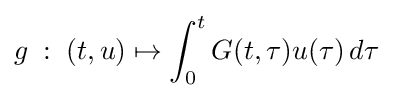
g\;:\;(t,u)\mapsto \int _{0}^{t}G(t,\tau )u(\tau )\,d\tau